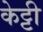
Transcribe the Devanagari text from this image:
केट्टी